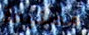
مصنوعة